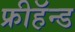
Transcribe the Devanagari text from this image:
फ्रीहॅन्ड